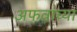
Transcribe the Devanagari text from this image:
अफवांच्या